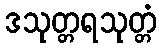
ဒသုတ္တရသုတ္တံ